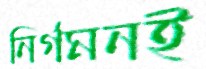
নির্গমনই